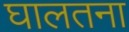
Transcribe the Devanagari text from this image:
घालतना